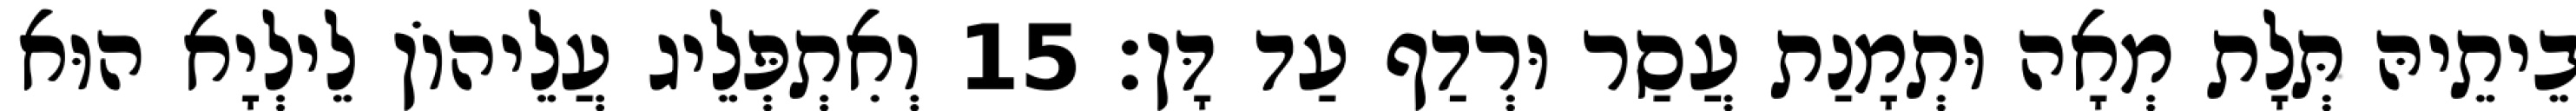
בֵיתֵיהּ תְּלָת מְאָה וּתְמָנַת עֲסַר וּרְדַף עַד דָּן׃ 15 וְאִתְפְּלֵיג עֲלֵיהוֹן לֵילְיָא הוּא